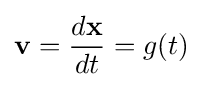
\mathbf {v} ={\frac {d\mathbf {x} }{dt}}=g(t)